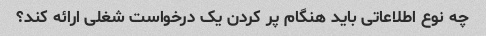
چه نوع اطلاعاتی باید هنگام پر کردن یک درخواست شغلی ارائه کند؟